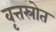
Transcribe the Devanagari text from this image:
वृत्तस्रोत